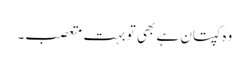
وہ کپتان ہے بھی تو بہت متعصب۔